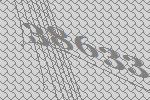
38633